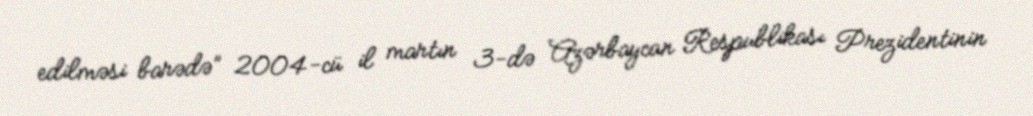
edilməsi barədə” 2004-cü il martın 3-də Azərbaycan Respublikası Prezidentinin